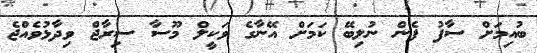
ބުއިމަށް ސާފު ފެން ނުލިބޭ ކަމަށް އޭނާގެ ވަކީލް މޫސާ ސިރާޖް ވިދާޅުވެއްޖެ